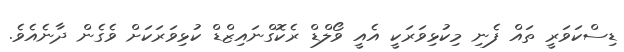
ޑިސްކަވަރީ ތައް ފެނި މިކުޅިވަރަކީ އެއީ ވޯލްޑް ރެކޮގްނައިޒްޑް ކުޅިވަރަކަށް ވެގެން ދާނެއެވެ.